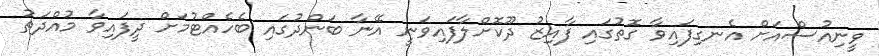
ވީނިއުސްއަށް އެނގިފައިވާ ގޮތުގައި ފާއިޒު ދޫކޮށްލާފައިވަނީ އޭނާ ބަންދުގައި ބެހެއްޓުމަށް ދީފައިވާ މުއްދަތު